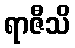
ရာဇီသိ